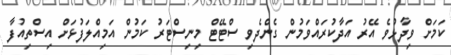
ކަމަށް ވިދާޅުވެ އޭރު އަދާކުރައްވަމުން ގެންދެވި ސްޓޭޓް މިނިސްޓަރު ކަމުން އަމިއްލަފުޅަށް އިސްތިއުފާ